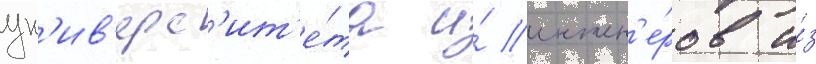
ун'ив'ерс'ит'е́та и́ инжен'е́ров и́з